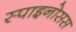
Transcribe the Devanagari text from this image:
स्पाइनोसस